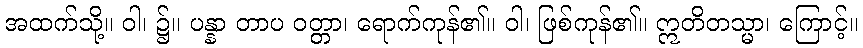
အထက်သို့။ ဝါ၊ ၌။ ပန္နာ တာပ ဝတ္တာ၊ ရောက်ကုန်၏။ ဝါ၊ ဖြစ်ကုန်၏။ ဣတိတသ္မာ၊ ကြောင့်။